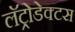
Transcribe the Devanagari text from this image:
लॅट्रोडेक्टस